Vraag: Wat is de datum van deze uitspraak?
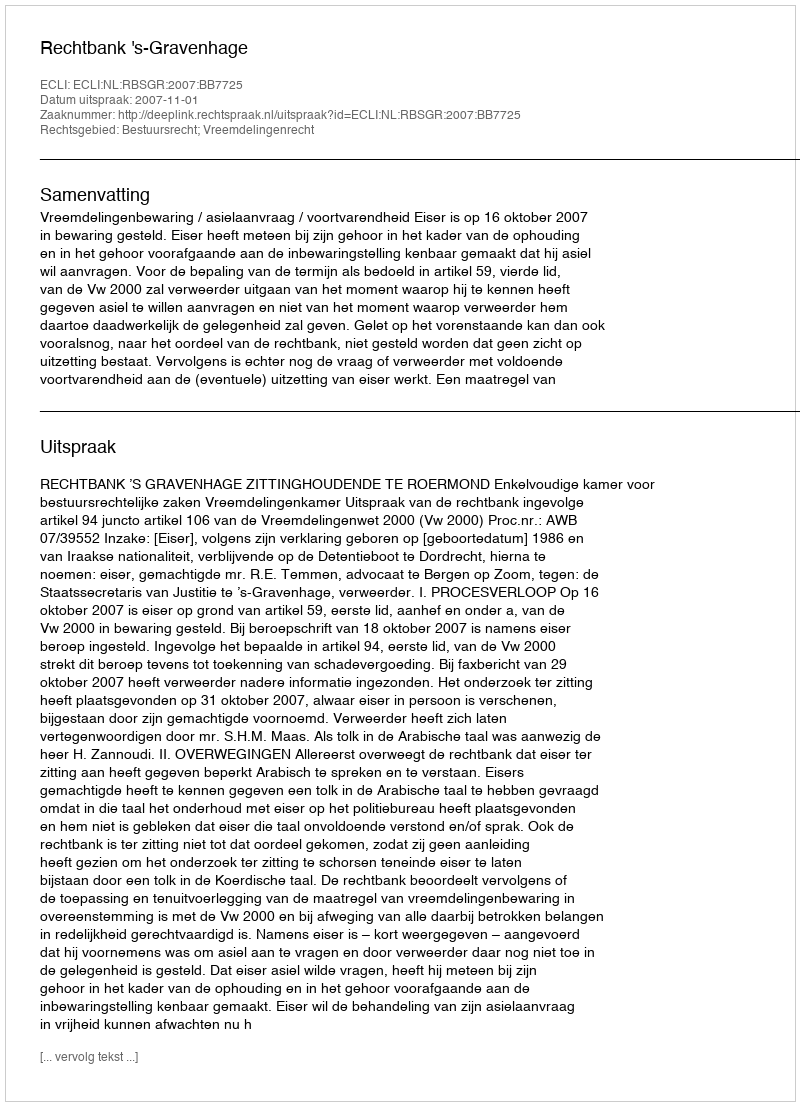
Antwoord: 2007-11-01